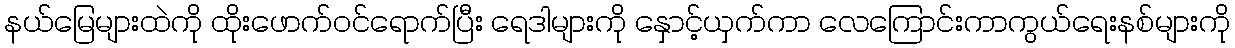
နယ်မြေများထဲကို ထိုးဖောက်ဝင်ရောက်ပြီး ရေဒါများကို နှောင့်ယှက်ကာ လေကြောင်းကာကွယ်ရေးနစ်များကို